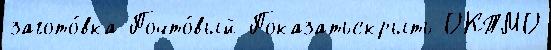
загото́вка Почто́вый Показатьскрыть ОКТМО